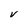
Character: V